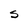
Character: S